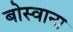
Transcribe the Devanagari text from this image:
बोस्वाना